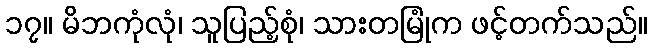
၁၇။ မိဘကုံလုံ၊ သူပြည့်စုံ၊ သားတမြုံက ဖင့်တက်သည်။